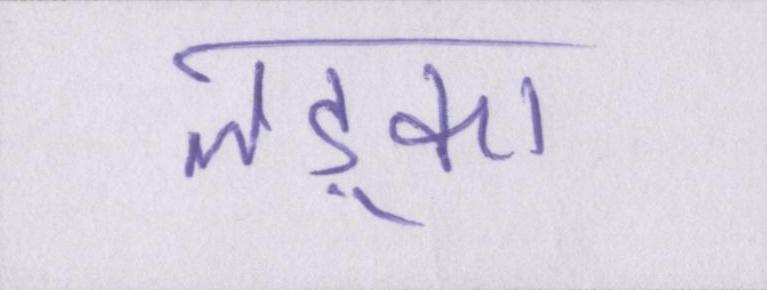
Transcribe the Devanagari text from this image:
लड़्का